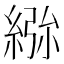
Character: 𮈢